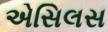
એસિલસ